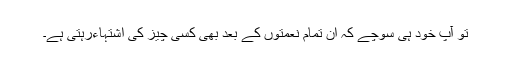
تو آپ خود ہی سوچے کہ ان تمام نعمتوں کے بعد بھی کسی چیز کی اشتہاءرہتی ہے۔